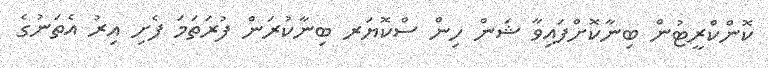
ކޮންކްރީޓުން ބިނާކޮށްފައިވާ ޝަން ހިން ސްކޮޔަރ ބިނާކުރަން ފުރަތަމަ ފެށި އިރު އެތަނުގެ